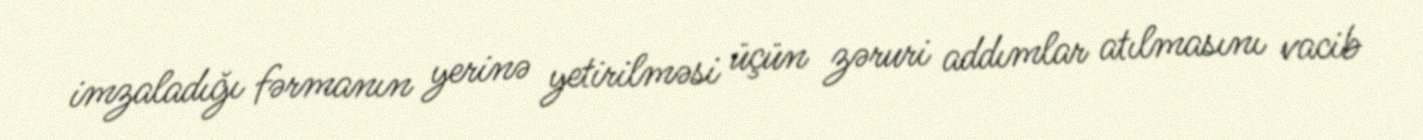
imzaladığı fərmanın yerinə yetirilməsi üçün zəruri addımlar atılmasını vacib